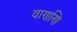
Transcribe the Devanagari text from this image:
वाणणि